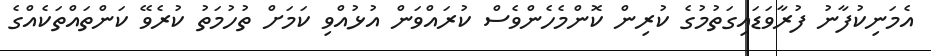
އެމަނިކުފާނު ފުރާވަޑައިގަތުމުގެ ކުރިން ކޮންމެހެންވެސް ކުރައްވަން އުޅުއްވި ކަމަށް ތުހުމަތު ކުރެވޭ ކަންތައްތަކެއްގެ